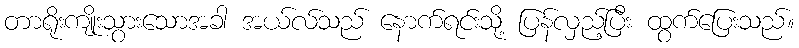
တာရိုးကျိုးသွားသောအခါ အယ်လ်သည် နောက်ရင်းသို့ ပြန်လှည့်ပြီး ထွက်ပြေးသည်။